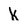
Character: k